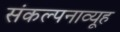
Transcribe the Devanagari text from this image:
संकल्पनाव्यूह